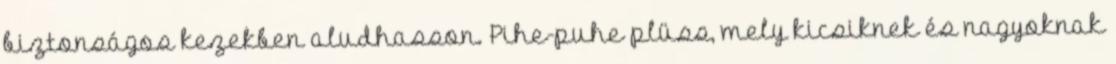
biztonságos kezekben aludhasson. Pihe-puhe plüss, mely kicsiknek és nagyoknak